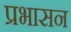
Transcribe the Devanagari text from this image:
प्रभासन